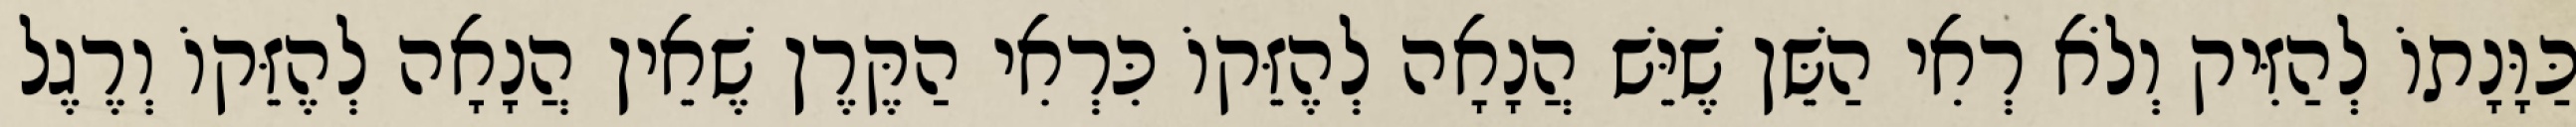
כַּוָּנָתוֹ לְהַזִּיק וְלֹא רְאִי הַשֵּׁן שֶׁיֵּשׁ הֲנָאָה לְהֶזֵּקוֹ כִּרְאִי הַקֶּרֶן שֶׁאֵין הֲנָאָה לְהֶזֵּקוֹ וְרֶגֶל